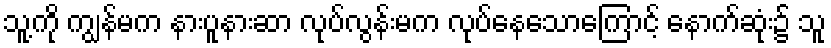
သူ့ကို ကျွန်မက နားပူနားဆာ လုပ်လွန်းမက လုပ်နေသောကြောင့် နောက်ဆုံး၌ သူ